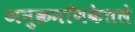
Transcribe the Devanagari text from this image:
अनुक्रमणिकेतले